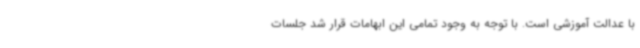
با عدالت آموزشی است. با توجه به وجود تمامی این ابهامات قرار شد جلسات